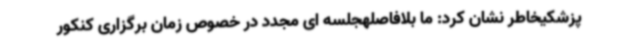
پزشکیخاطر نشان کرد: ما بلافاصلهجلسه ای مجدد در خصوص زمان برگزاری کنکور